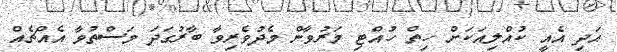
އަދި އެއީ ކުއްލިއަކަށް ހިތް ހުއްޓި މަރުވާން މެދުވެރިވާ ބާރުގަދަ މަސްތުވާ އެއްޗެއް